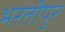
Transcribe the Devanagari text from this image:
भरतीपुर